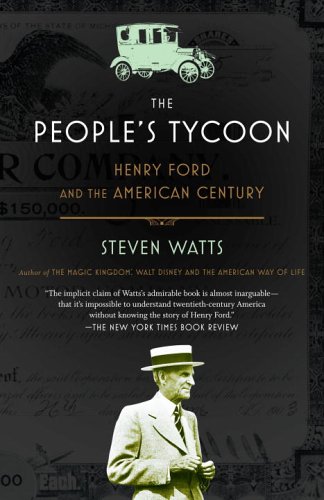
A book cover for The People's Tycoon: Henry Ford and the American Century; Steven Watts; Business & Money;